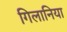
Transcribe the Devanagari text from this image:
गिलानिया